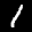
Label: 1